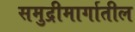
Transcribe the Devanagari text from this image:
समुद्रीमार्गातील